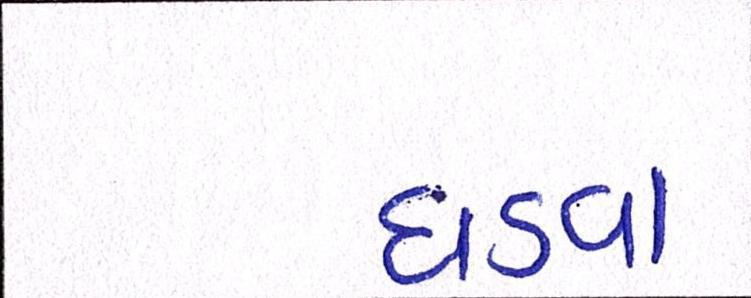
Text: ઘડવા